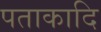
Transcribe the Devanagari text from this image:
पताकादि